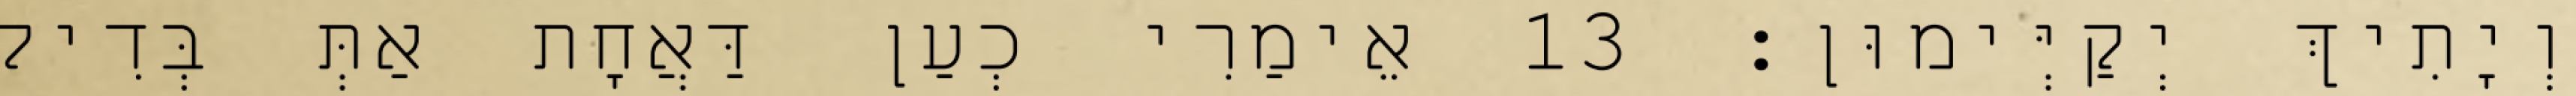
וְיָתִיךְ יְקַיְּימוּן׃ 13 אֵימַרִי כְעַן דַּאֲחָת אַתְּ בְּדִיל